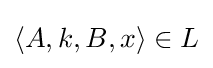
\langle A,k,B,x\rangle \in L